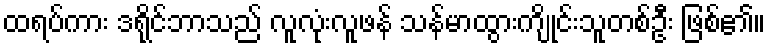
ထရပ်ကား ဒရိုင်ဘာသည် လူလုံးလူဖန် သန်မာထွားကျိုင်းသူတစ်ဦး ဖြစ်၏။